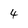
Character: 4